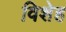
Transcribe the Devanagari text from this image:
विशेह